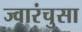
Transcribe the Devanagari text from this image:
ज्वारंचुसा